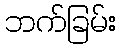
ဘက်ခြမ်း